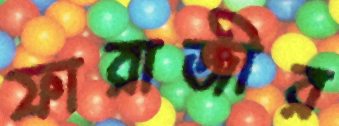
ফারাজীর